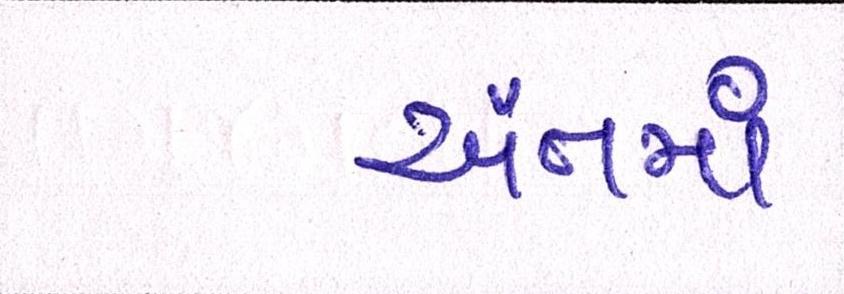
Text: અંતમાં